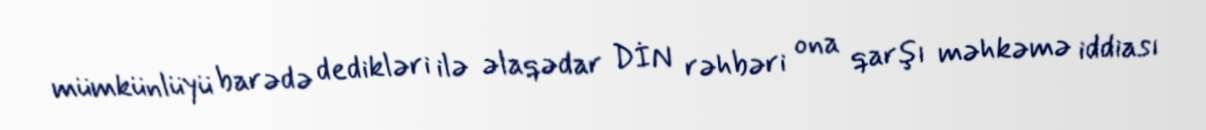
mümkünlüyü barədə dedikləri ilə əlaqədar DİN rəhbəri ona qarşı məhkəmə iddiası